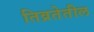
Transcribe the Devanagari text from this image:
तिव्रतेतील